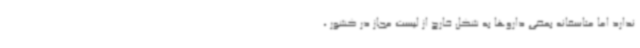
ندارد اما متاسفانه بعضی داروها به شکل خارج از لیست مجاز در کشور ،